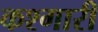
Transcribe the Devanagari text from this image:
कश्गारी